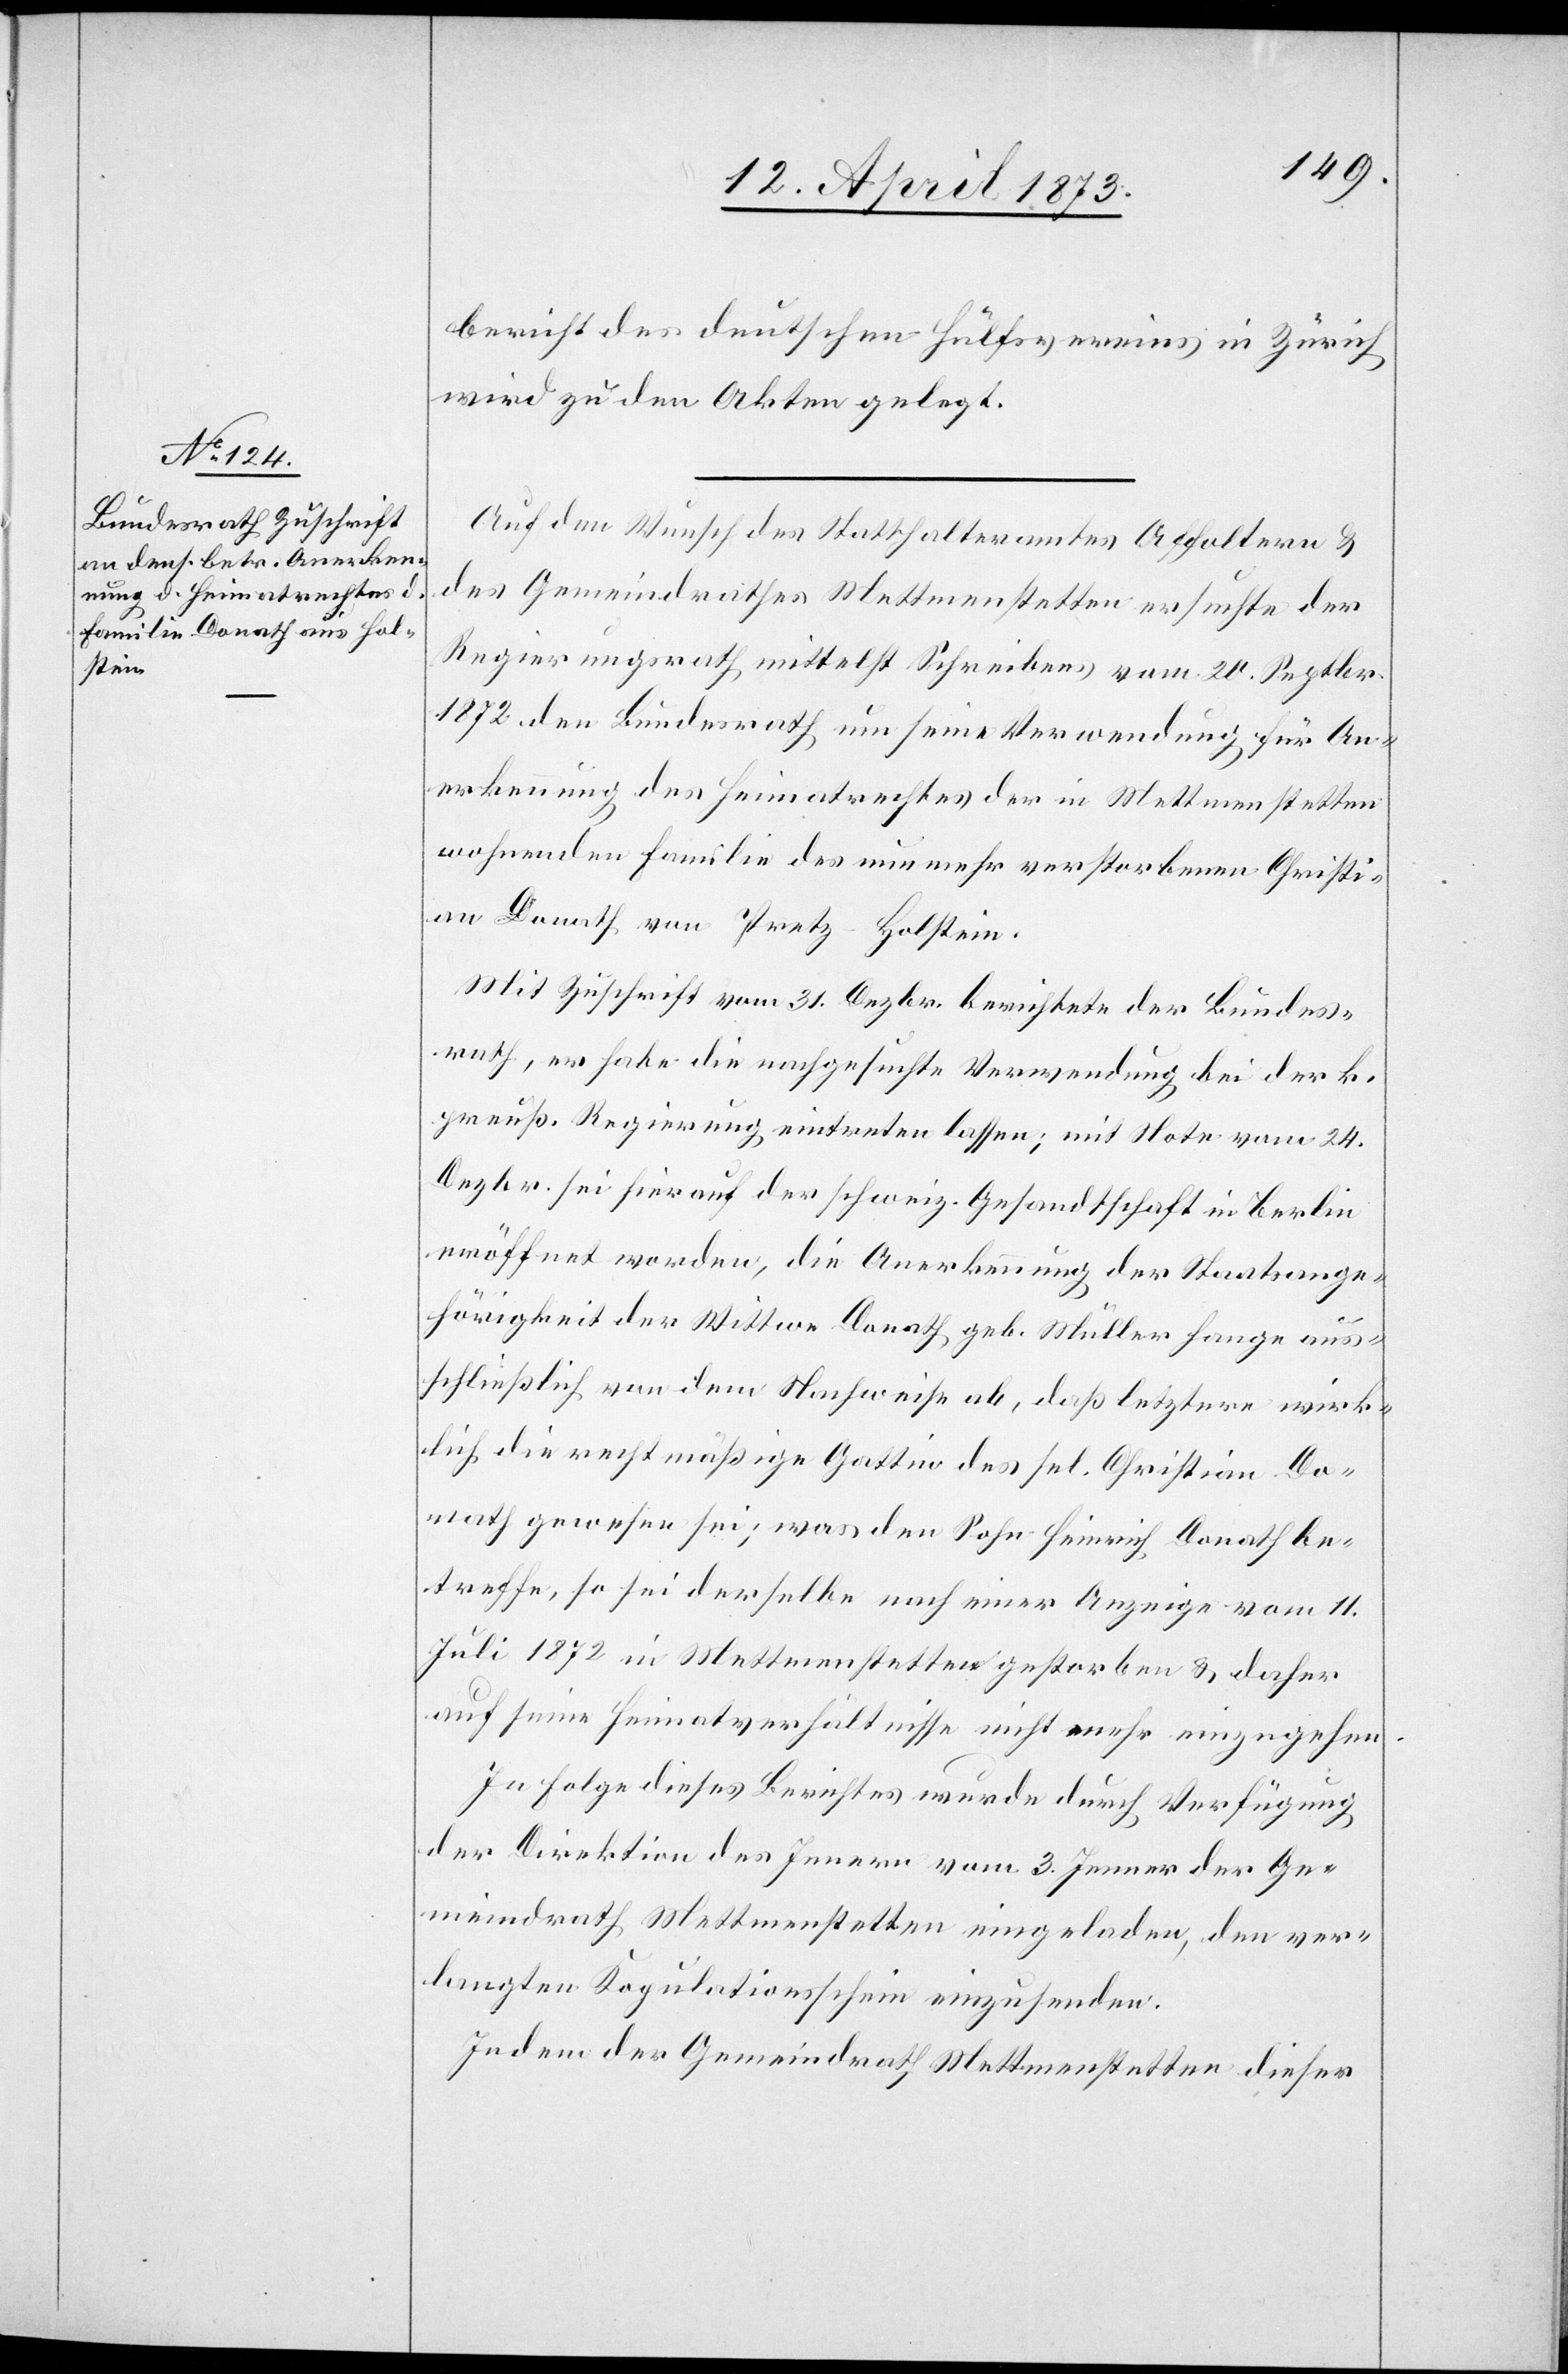
bericht des deutschen Hülfsvereins in Zürich
wird zu den Akten gelegt.
Auf den Wunsch des Statthalteramtes Affoltern &
des Gemeindrathes Mettmenstetten ersuchte der
Regierungsrath mittelst Schreibens vom 20. Septbr.
1872 den Bundesrath um seine Verwendung für An¬
erkennung des Heimatrechtes der in Mettmenstetten
wohnenden Familie des nunmehr verstorbenen Christi¬
an Donath von Pretz-Holstein
Mit Zuschrift vom 31. Dezbr. berichtete der Bundes¬
rath, es habe die nachgesuchte Verwendung bei der k.
preuß. Regierung eintreten lassen; mit Note vom 24.
Dezbr. sei hierauf der schweiz. Gesandtschaft in Berlin
eröffnet worden, die Anerkennung der Staatsange¬
hörigkeit der Wittwe Donath, geb. Müller hange aus¬
schließlich von dem Nachweise ab, daß letztere wirk¬
lich die rechtmäßige Gattin des sel. Christian Do¬
nath gewesen sei; was den Sohn Heinrich Donath be¬
treffe, so sei derselbe nach einer Anzeige vom 11.
Juli 1872 in Mettmenstetten gestorben & daher
auf seine Heimatverhältnisse nicht mehr einzugehen.
In Folge dieses Berichtes wurde durch Verfügung
der Direktion des Innern vom 3. Jenner der Ge¬
meindrath Mettmenstetten eingeladen, den ver¬
langten Kopulationsschein einzusenden.
Indem der Gemeindrath Mettmenstetten dieser